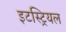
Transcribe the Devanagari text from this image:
इटस्ट्रियल